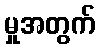
မှုအတွက်